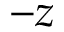
- z